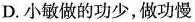
D.小敏做的功少，做功慢